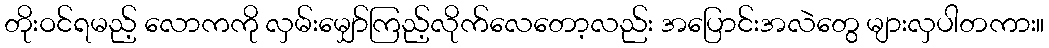
တိုးဝင်ရမည့် လောကကို လှမ်းမျှော်ကြည့်လိုက်လေတော့လည်း အပြောင်းအလဲတွေ များလှပါတကား။